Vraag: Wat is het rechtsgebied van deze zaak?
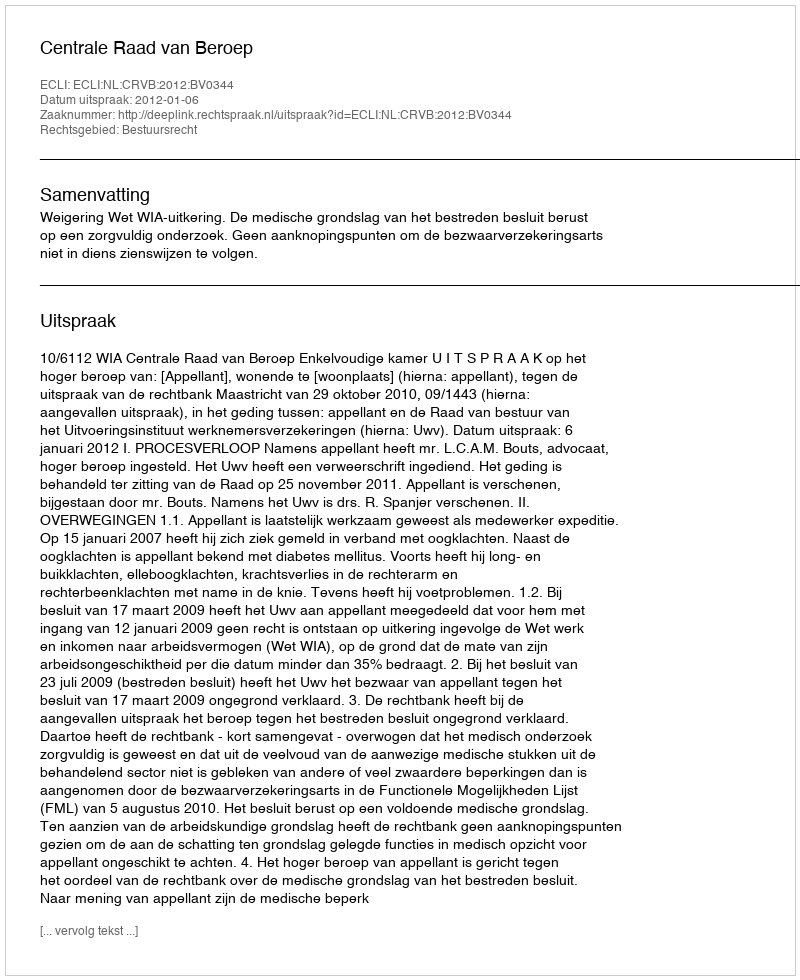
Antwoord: Bestuursrecht